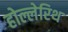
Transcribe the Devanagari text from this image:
होल्लेरिथ